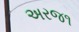
અરજ૧